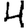
Digit: 4